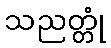
သညတ္တုံ